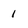
Character: 1